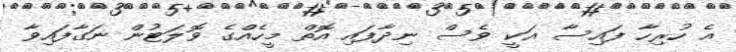
އެ ހުރިހާ ފައިސާ އަކީ ވެސް ނިދާފައި އޮތް މީހެއްގެ ވޮލަޓުން ނަގާފައިވާ